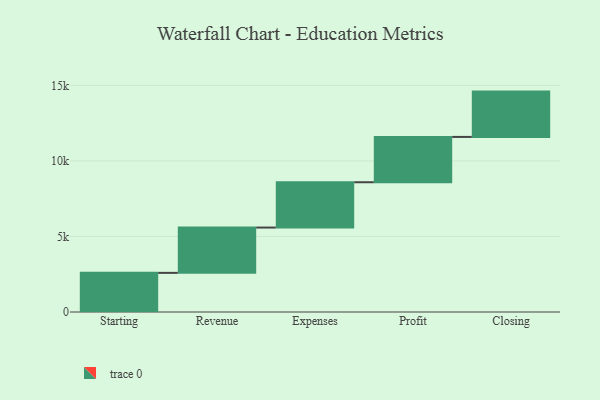
{"axis": {"x": "Step", "y": "Value"}, "legend": [""], "data": [{"x": "Starting", "y": 2590.0, "type": ""}, {"x": "Revenue", "y": 3000, "type": ""}, {"x": "Expenses", "y": 3000, "type": ""}, {"x": "Profit", "y": 3000, "type": ""}, {"x": "Closing", "y": 3000, "type": ""}]}